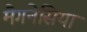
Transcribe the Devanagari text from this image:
मैगनेसिया